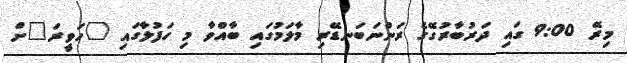
މިރޭ 9:00 ގައި ދަރުބާރުގޭގެ ރަންނަބަނޑޭރި މާލަމުގައި ބާއްވާ މި ހަފުލާގައި "ހަވީރަ"ށް